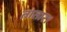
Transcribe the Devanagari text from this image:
तातार।